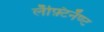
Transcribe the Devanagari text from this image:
लॅफ़्टिनॅण्ट